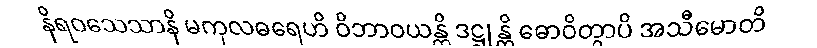
နိရဝသေသာနိ မကုလဓရေဟိ ဝိဘာဝယန္တိ ဒဋ္ဌုန္တိ ဓောဝိတွာပိ အသီမောတိ